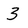
Character: 3